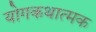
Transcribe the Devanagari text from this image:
योगकथात्मक